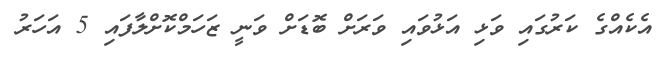
އެކެއްގެ ކަރުގައި ވަޅި އަޅުވައި ވަރަށް ބޮޑަށް ވަނީ ޒަހަމްކޮށްލާފައި 5 އަހަރު